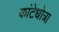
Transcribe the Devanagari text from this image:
कांटेधोत्रा